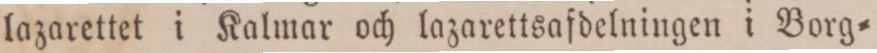
lazarettet i Kalmar och lazarettsafdelningen i Borg=